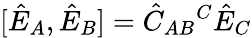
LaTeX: [\hat{E}_{A},\hat{E}_{B}]=\hat{C}_{AB}{}^{C}\hat{E}_{C}